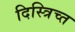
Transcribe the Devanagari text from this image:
दिस्त्रिच्त